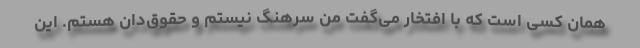
همان کسی است که با افتخار می‌گفت من سرهنگ نیستم و حقوق‌دان هستم. این